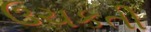
ઉચકતી